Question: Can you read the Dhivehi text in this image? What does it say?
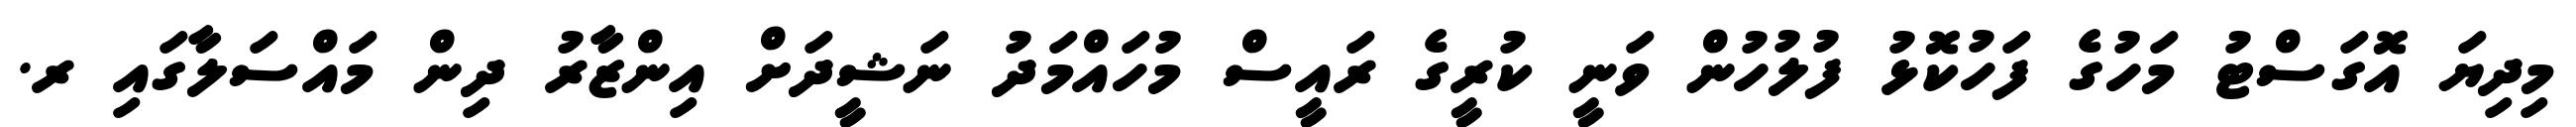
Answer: މިދިޔަ އޮގަސްޓު މަހުގެ ފަހުކޮޅު ފުލުހުން ވަނީ ކުރީގެ ރައީސް މުހައްމަދު ނަޝީދަށް އިންޒާރު ދިން މައްސަލާގައި ރ.